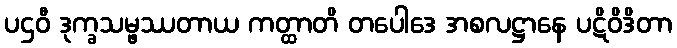
ပဌဝီ ဒုက္ခသမ္ဖဿတာယ ကတ္ထာတိ တပေါဒေ အစလဋ္ဌာနေ ပဋိဝိဒိတာ